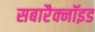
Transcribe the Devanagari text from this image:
सबारैक्नॉइड